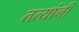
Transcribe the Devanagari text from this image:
तत्यांनी